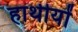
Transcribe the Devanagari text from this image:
हाथीयों